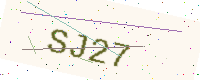
Text: SJ27